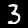
Label: 3